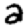
Digit: 2